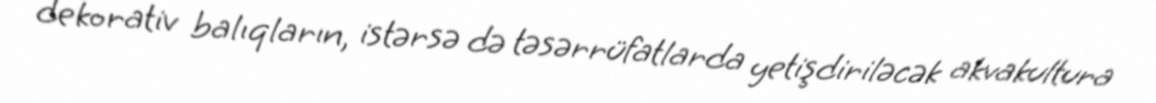
dekorativ balıqların, istərsə də təsərrüfatlarda yetişdiriləcək akvakultura